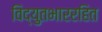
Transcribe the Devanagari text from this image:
विद्युतभाररहित